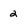
Character: 2